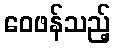
ဝေဖန်သည့်